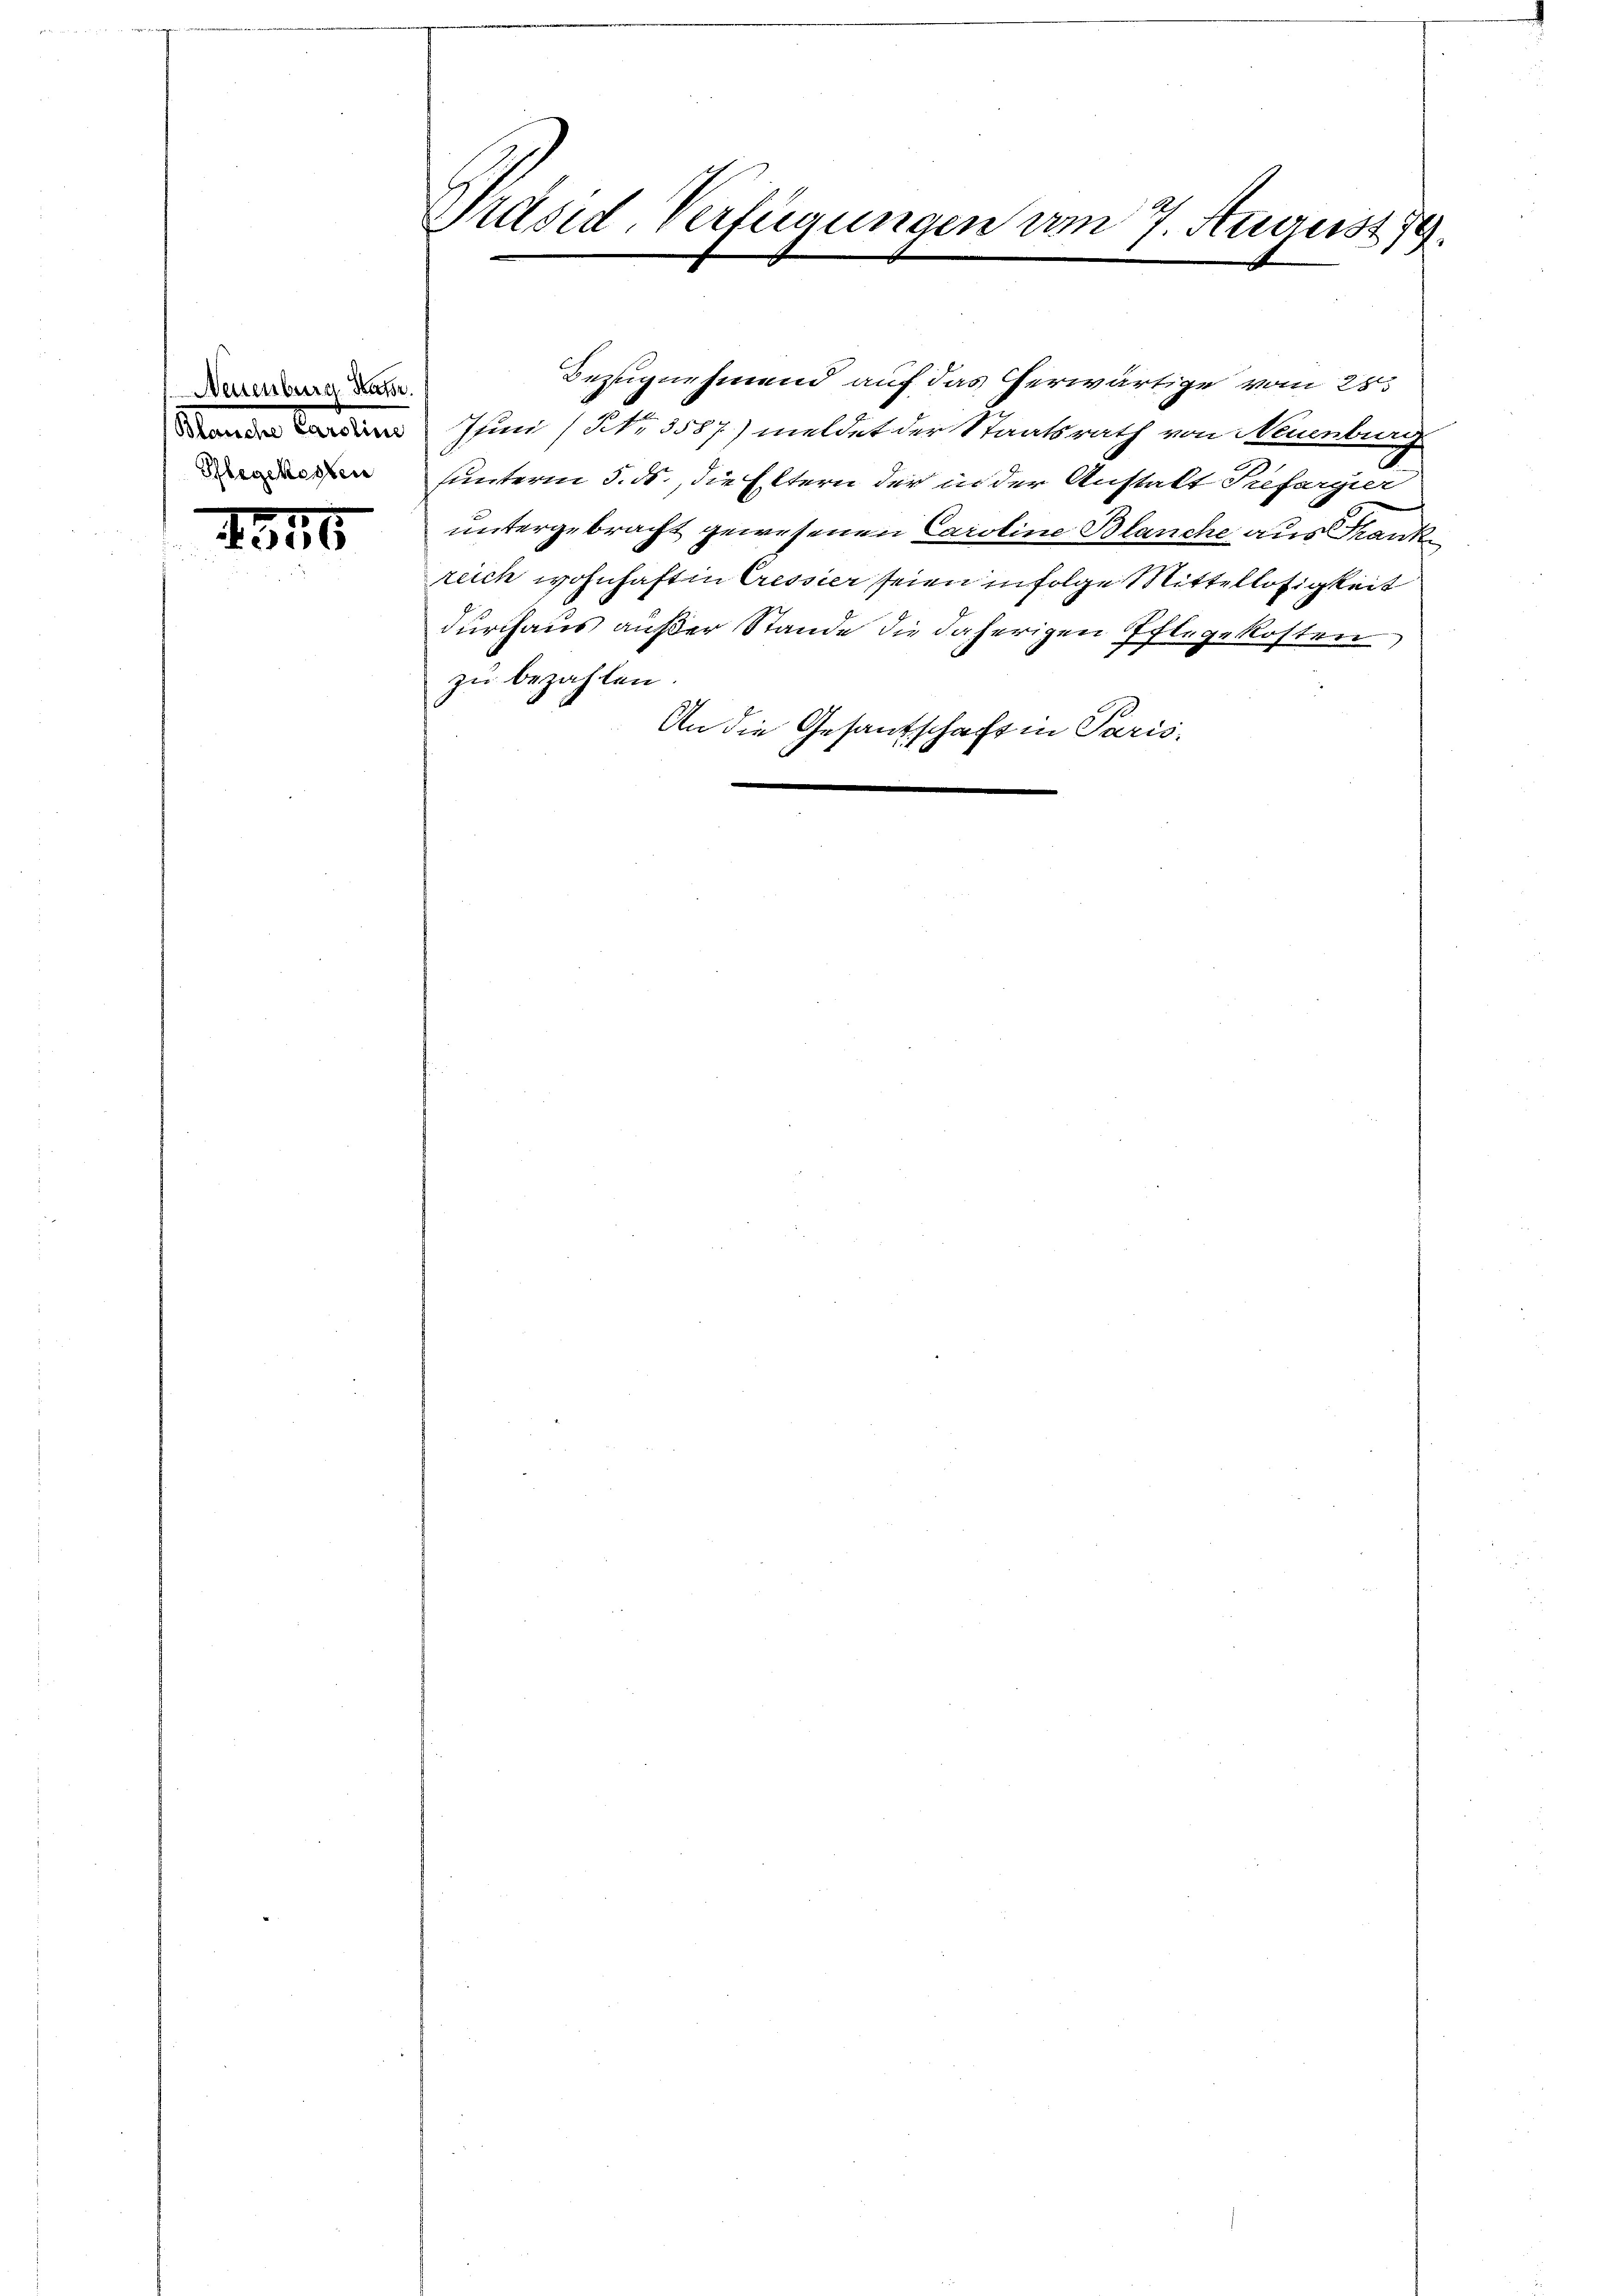
Neuenburg Natr.
Alamater Carolin
Pflegekosten

146

Präsid. Verfügungen am 7. Augus 179.

Juin (NNo. 3587) meldet der Staatsrath von Neuenburg
sunterm 5. ds., die Eltern der in der Anstatt Tiefergier
untergebracht gewesenen Caroline Blanche aus Frank
reich wohnhaft in Cressier seien infolge Mittellosigkeit
durchaus außer Stande die daherigen Pflegekosten
zu bezahlen.
An die Gesantschaft in Paris,

Bezugnehmend auf das herwärtige vom 25t